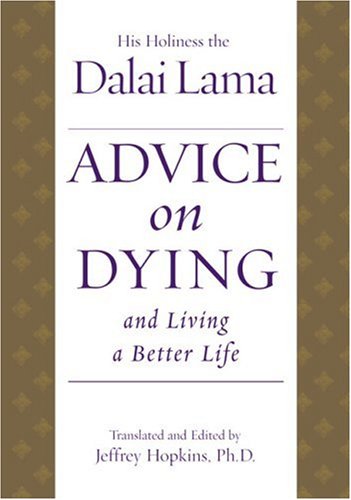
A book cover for Advice on Dying: And Living a Better Life; Dalai Lama; Religion & Spirituality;